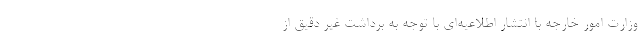
وزارت امور خارجه با انتشار اطلاعیه‌ای با توجه به برداشت غیر دقیق از